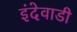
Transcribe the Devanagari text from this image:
इंदेवाडी